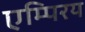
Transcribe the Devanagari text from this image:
एम्पिरय